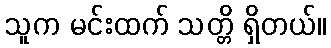
သူက မင်းထက် သတ္တိ ရှိတယ်။